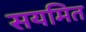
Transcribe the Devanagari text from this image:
सयमित